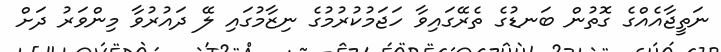
ނަތީޖާއެއްގެ ގޮތުން ބަނޑުގެ ތެރޭގައިވާ ހަޖަމުކުރުމުގެ ނިޒާމުގައި ލޭ ދައުރުވާ މިންވަރު ދަށް